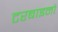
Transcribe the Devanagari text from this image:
टरबाइनो